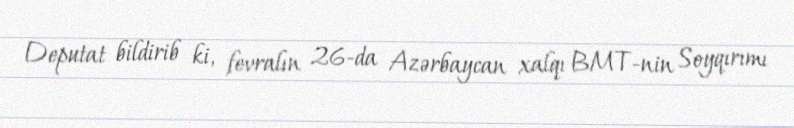
Deputat bildirib ki, fevralın 26-da Azərbaycan xalqı BMT-nin Soyqırımı